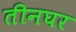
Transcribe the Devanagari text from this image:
तीनघर